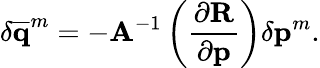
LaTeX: \delta\overline{{\mathbf{q}}}^{m}=-\mathbf{A}^{-1}\left(\frac{\partial\mathbf{R}}{\partial\mathbf{p}}\right)\delta\mathbf{p}^{m}.